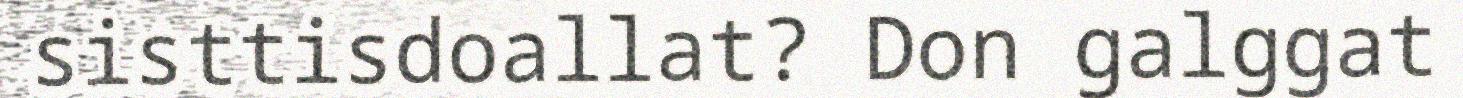
sisttisdoallat? Don galggat